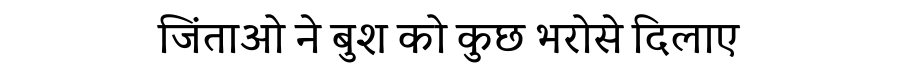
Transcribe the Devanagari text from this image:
जिंताओ ने बुश को कुछ भरोसे दिलाए